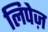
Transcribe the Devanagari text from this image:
लिपेज़